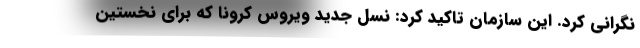
نگرانی کرد. این سازمان تاکید کرد: نسل جدید ویروس کرونا که برای نخستین